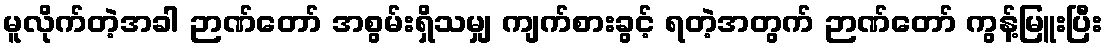
မူလိုက်တဲ့အခါ ဉာဏ်တော် အစွမ်းရှိသမျှ ကျက်စားခွင့် ရတဲ့အတွက် ဉာဏ်တော် ကွန့်မြူးပြီး